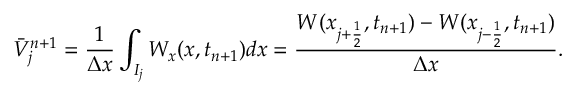
\Bar V _ { j } ^ { n + 1 } = \frac { 1 } { \Delta x } \int _ { I _ { j } } W _ { x } ( x , t _ { n + 1 } ) d x = \frac { W ( x _ { j + \frac { 1 } { 2 } } , t _ { n + 1 } ) - W ( x _ { j - \frac { 1 } { 2 } } , t _ { n + 1 } ) } { \Delta x } .